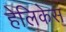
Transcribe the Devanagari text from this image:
हेलिकेस